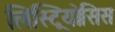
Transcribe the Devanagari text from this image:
लिस्ट्रियोसिस